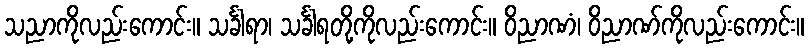
သညာကိုလည်းကောင်း။ သင်္ခါရာ၊ သင်္ခါရတို့ကိုလည်းကောင်း။ ဝိညာဏံ၊ ဝိညာဏ်ကိုလည်းကောင်း။